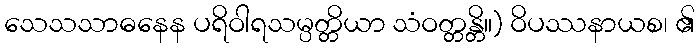
သေသသာဓနေန ပရိဝါရသမ္ပတ္တိယာ သံဝတ္တန္တိ။) ဝိပဿနာယစ၊ ၏